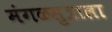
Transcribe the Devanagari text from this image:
मंगळसुत्राला